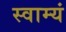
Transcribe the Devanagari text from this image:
स्वाम्यं